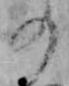
の